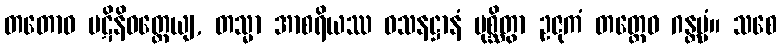
တတောဝ ပဋိနိဝတ္တေယျ, တသ္မာ အာစရိယဿ ဝသနဋ္ဌာနံ ပုစ္ဆိတွာ ဥဇုကံ တတ္ထေဝ ဂန္တဗ္ဗံ။ သစေ